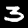
Digit: 3